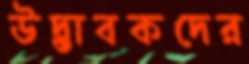
উদ্ভাবকদের